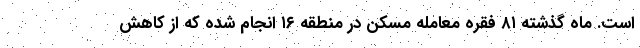
است. ماه گذشته ۸۱ فقره معامله مسکن در منطقه ۱۶ انجام شده که از کاهش